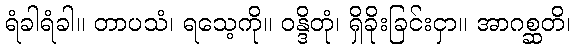
ရံခါရံခါ။ တာပသံ၊ ရသေ့ကို။ ဝန္ဒိတုံ၊ ရှိခိုးခြင်းငှာ။ အာဂစ္ဆတိ၊